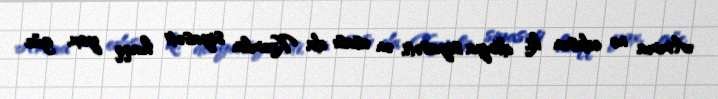
Amma nə edəsən ki, dünya siyasəti, ən əsası da Kremlin siyasəti haqq yox, güc